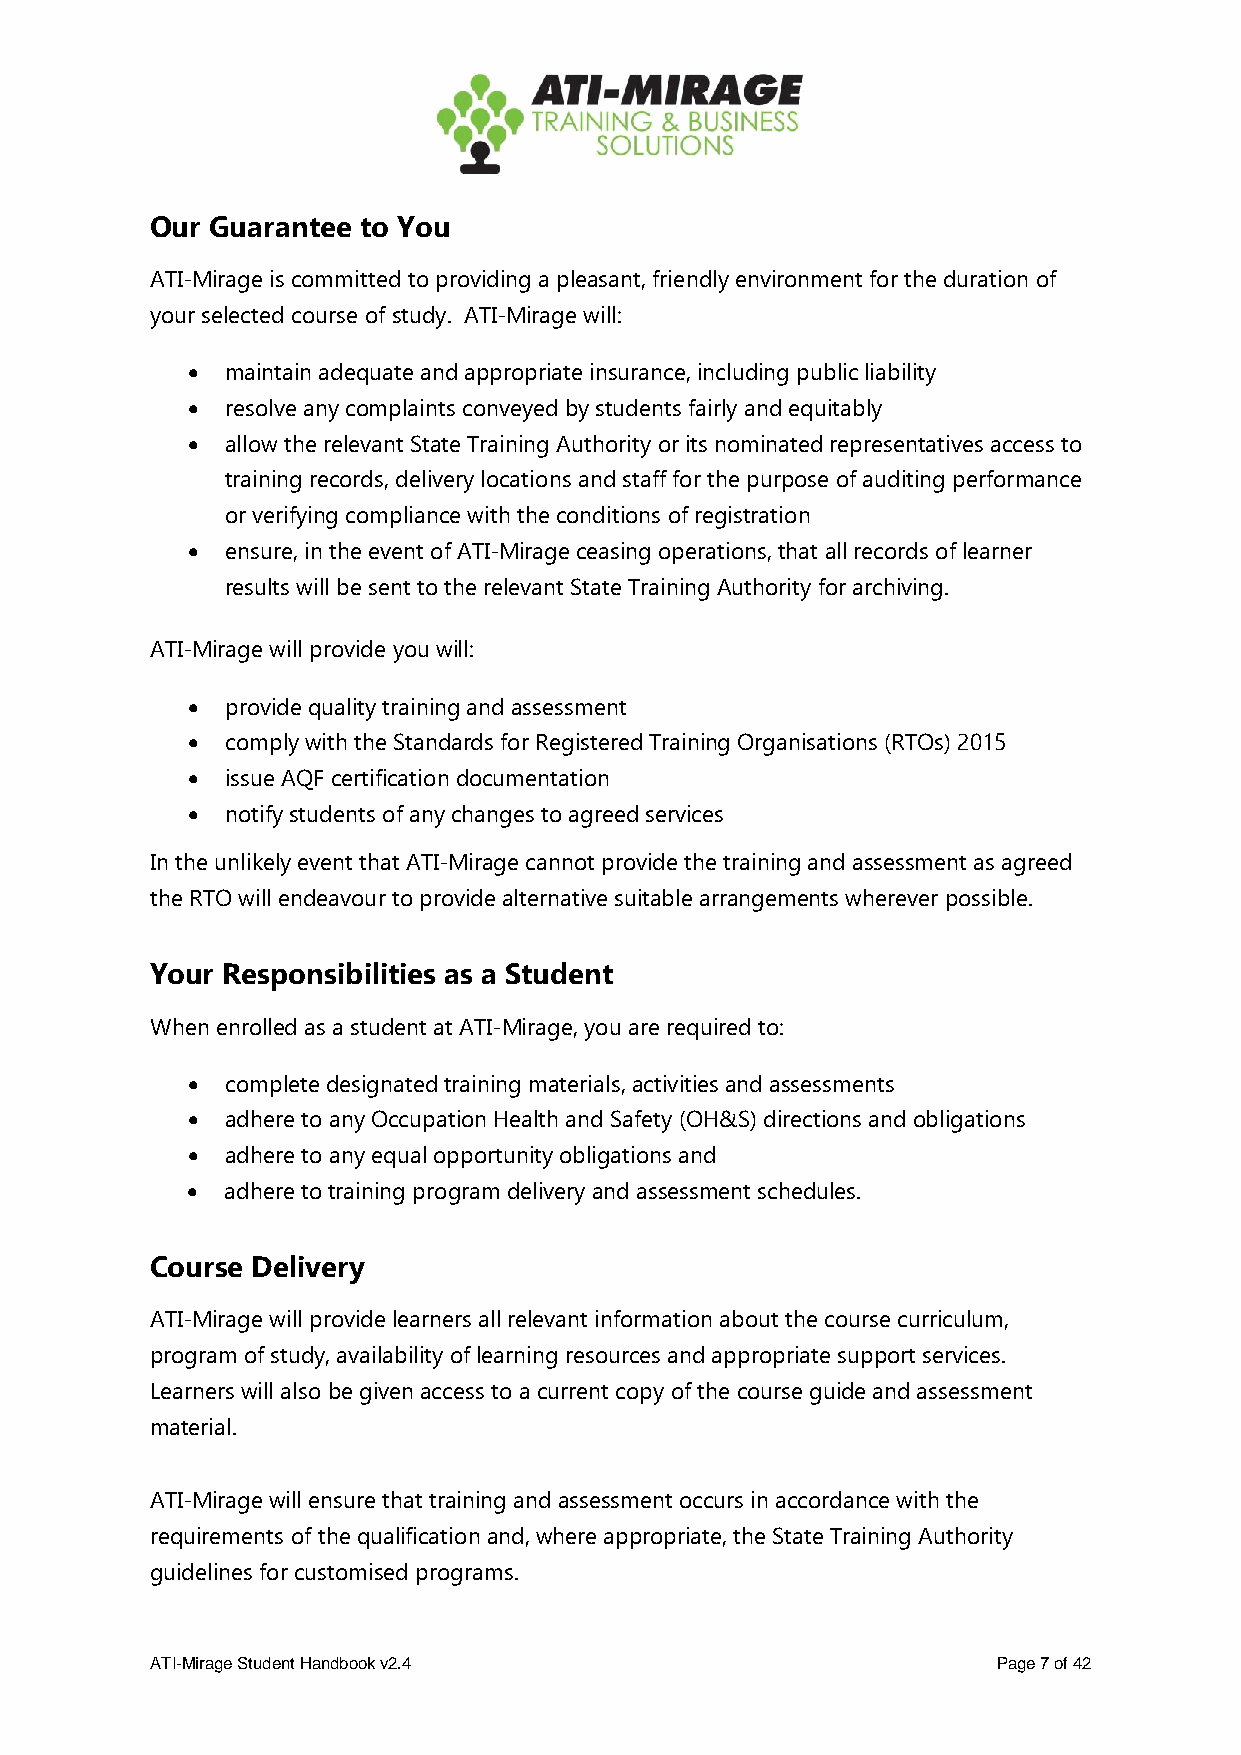
Our Guarantee to You
 ATI-Mirage is committed to providing a pleasant, friendly environment for the duration of
 your selected course of study. ATI-Mirage will:
 •  maintain adequate and appropriate insurance, including public liability
 •  resolve any complaints conveyed by students fairly and equitably
 •  allow the relevant State Training Authority or its nominated representatives access to
 training records, delivery locations and staff for the purpose of auditing performance
 or verifying compliance with the conditions of registration
 •  ensure, in the event of ATI-Mirage ceasing operations, that all records of learner
 results will be sent to the relevant State Training Authority for archiving.
 ATI-Mirage will provide you will:
 •  provide quality training and assessment
 •  comply with the Standards for Registered Training Organisations (RTOs) 2015
 •  issue AQF certification documentation
 •  notify students of any changes to agreed services
 In the unlikely event that ATI-Mirage cannot provide the training and assessment as agreed
 the RTO will endeavour to provide alternative suitable arrangements wherever possible.
 Your Responsibilities as a Student
 When enrolled as a student at ATI-Mirage, you are required to:
 •  complete designated training materials, activities and assessments
 •  adhere to any Occupation Health and Safety (OH&S) directions and obligations
 •  adhere to any equal opportunity obligations and
 •  adhere to training program delivery and assessment schedules.
 Course Delivery
 ATI-Mirage will provide learners all relevant information about the course curriculum,
 program of study, availability of learning resources and appropriate support services.
 Learners will also be given access to a current copy of the course guide and assessment
 material.
 ATI-Mirage will ensure that training and assessment occurs in accordance with the
 requirements of the qualification and, where appropriate, the State Training Authority
 guidelines for customised programs.
 ATI-Mirage Student Handbook v2.4                        Page 7 of 42